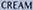
CREAM